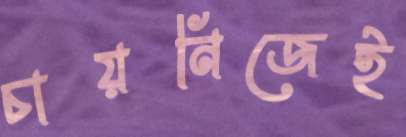
চায়নিজেই